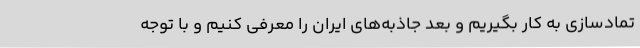
تمادسازی به کار بگیریم و بعد جاذبه‌های ایران را معرفی کنیم و با توجه